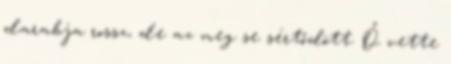
darabja rossz, de az meg se sértődött. Ő vette